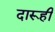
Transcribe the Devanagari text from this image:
दारूही